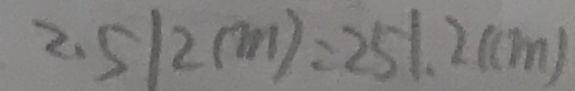
2 . 5 1 2 ( m ) = 2 5 1 . 2 ( c m )